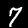
Label: 7